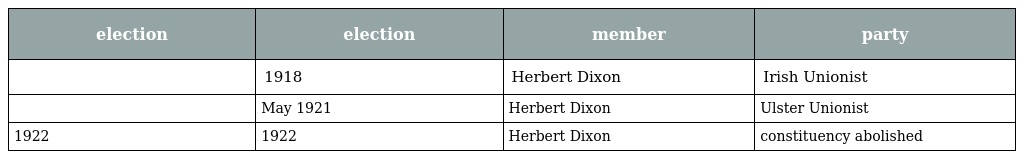
| election | election | member | party |
 | --- | --- | --- | --- |
 |  | 1918 | Herbert Dixon | Irish Unionist |
 |  | May 1921 | Herbert Dixon | Ulster Unionist |
 | 1922 | 1922 | Herbert Dixon | constituency abolished |